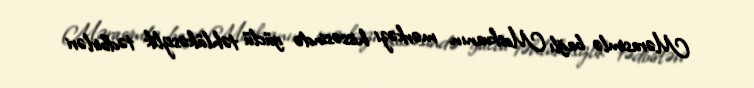
Mərasimlə bağlı Moskvanın mərkəzi hissəsində güclü təhlükəsizlik tədbirləri